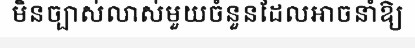
មិនច្បាស់លាស់មួយចំនួនដែលអាចនាំឱ្យ